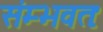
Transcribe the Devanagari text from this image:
संम्भवतः